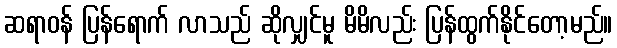
ဆရာဝန် ပြန်ရောက် လာသည် ဆိုလျှင်မူ မိမိလည်း ပြန်ထွက်နိုင်တော့မည်။